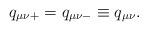
LaTeX: \begin{align*}q_{\mu\nu +} = q_{\mu\nu -} \equiv q_{\mu\nu}.\end{align*}